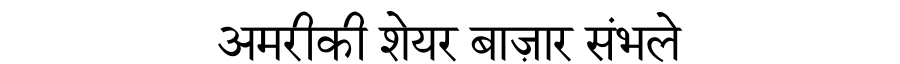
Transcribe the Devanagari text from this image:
अमरीकी शेयर बाज़ार संभले